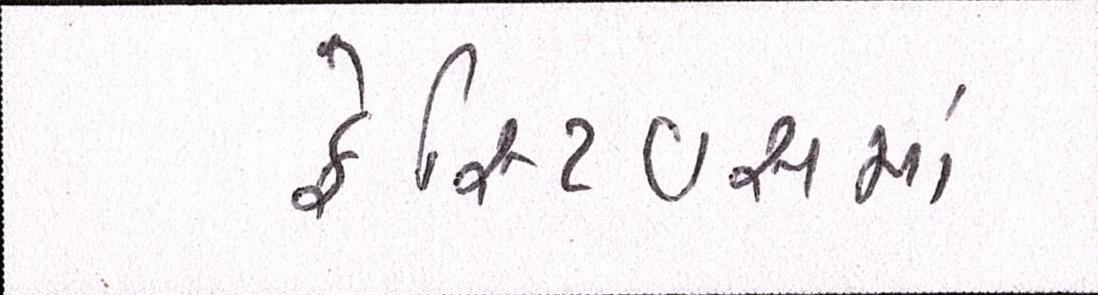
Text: ફેસ્ટિવસમાં